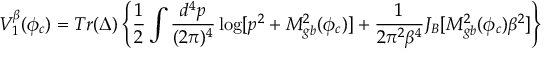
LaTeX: V _ { 1 } ^ { \beta } ( \phi _ { c } ) = T r ( \Delta ) \left\{ \frac { 1 } { 2 } \int \frac { d ^ { 4 } p } { ( 2 \pi ) ^ { 4 } } \log [ p ^ { 2 } + M _ { g b } ^ { 2 } ( \phi _ { c } ) ] + \frac { 1 } { 2 \pi ^ { 2 } \beta ^ { 4 } } J _ { B } [ M _ { g b } ^ { 2 } ( \phi _ { c } ) \beta ^ { 2 } ] \right\}